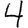
Digit: 4